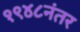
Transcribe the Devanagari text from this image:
१९४८नंतर